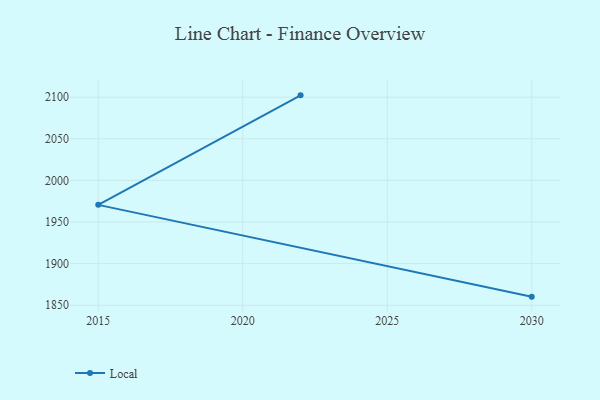
{"axis": {"x": "Year", "y": "Satisfaction Score"}, "legend": ["Local"], "data": [{"x": "2022", "y": 2102.2, "type": "Local"}, {"x": "2015", "y": 1970.6, "type": "Local"}, {"x": "2030", "y": 1860.3, "type": "Local"}]}